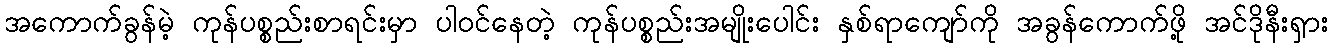
အကောက်ခွန်မဲ့ ကုန်ပစ္စည်းစာရင်းမှာ ပါဝင်နေတဲ့ ကုန်ပစ္စည်းအမျိုးပေါင်း နှစ်ရာကျော်ကို အခွန်ကောက်ဖို့ အင်ဒိုနီးရှား